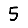
Digit: 5